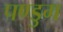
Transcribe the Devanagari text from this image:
पण्डुग